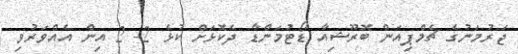
ޖަރުމަނުގެ ޗެމްޕިއަން ބޮރޫޝިއާ ޑޯޓުމަންޑާ ދެކޮޅަށް ކުޅެ 2- 2 އިން އެއްވަރުވި